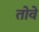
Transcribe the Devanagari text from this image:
तोवे